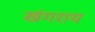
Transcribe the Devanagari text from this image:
खंगराय